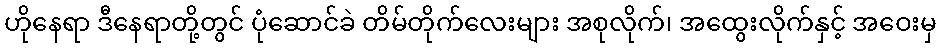
ဟိုနေရာ ဒီနေရာတို့တွင် ပုံဆောင်ခဲ တိမ်တိုက်လေးများ အစုလိုက်၊ အထွေးလိုက်နှင့် အဝေးမှ